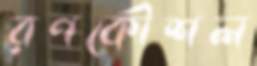
রণকৌশল